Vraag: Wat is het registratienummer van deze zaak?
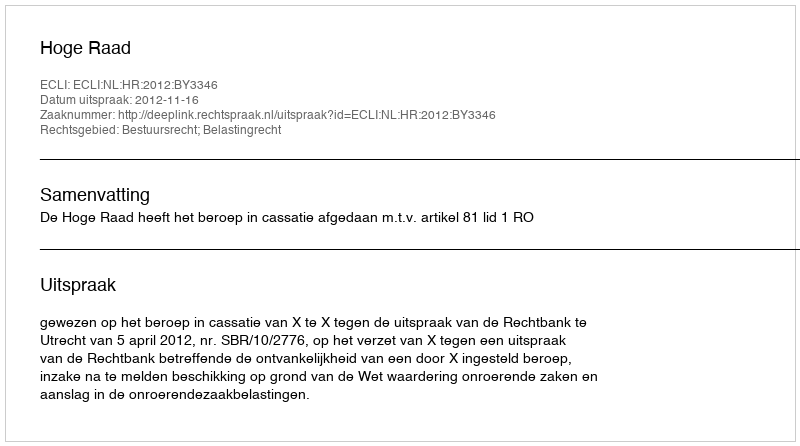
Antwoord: http://deeplink.rechtspraak.nl/uitspraak?id=ECLI:NL:HR:2012:BY3346